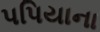
પપિયાના